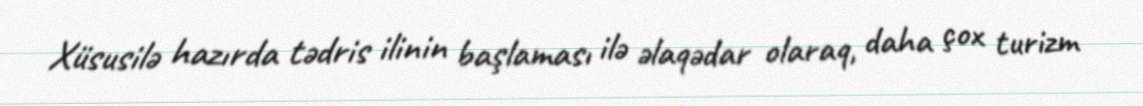
Xüsusilə hazırda tədris ilinin başlaması ilə əlaqədar olaraq, daha çox turizm